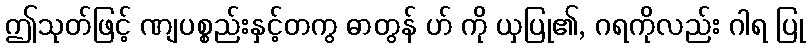
ဤသုတ်ဖြင့် ဏျပစ္စည်းနှင့်တကွ ဓာတွန် ဟ် ကို ယှပြု၏, ဂရကိုလည်း ဂါရ ပြု